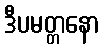
ဒီပမတ္တနော